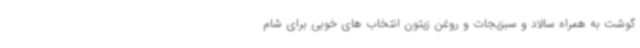
گوشت به همراه سالاد و سبزیجات و روغن زیتون انتخاب های خوبی برای شام